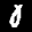
Label: 0